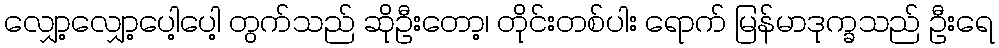
လျှော့လျှော့ပေါ့ပေါ့ တွက်သည် ဆိုဦးတော့၊ တိုင်းတစ်ပါး ရောက် မြန်မာဒုက္ခသည် ဦးရေ